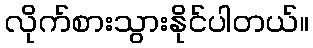
လိုက်စားသွားနိုင်ပါတယ်။